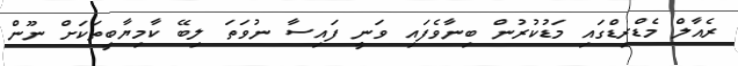
ރެއާލް މެޑްރިޑްގައި މަޑުކުރުން ބިނާވެފައި ވަނީ ފައިސާ ނުވަތަ ލިބޭ ކާމިޔާބީތަކަށް ނޫން